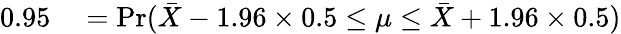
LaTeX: \begin{array}{rl}{0.95}&{{}=\operatorname*{Pr}({\bar{X}}-1.96\times 0.5\leq\mu\leq{\bar{X}}+1.96\times 0.5)}\end{array}